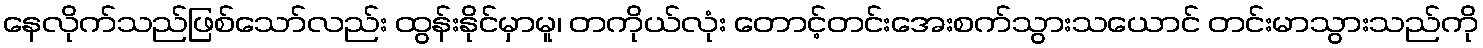
နေလိုက်သည်ဖြစ်သော်လည်း ထွန်းနိုင်မှာမူ၊ တကိုယ်လုံး တောင့်တင်းအေးစက်သွားသယောင် တင်းမာသွားသည်ကို